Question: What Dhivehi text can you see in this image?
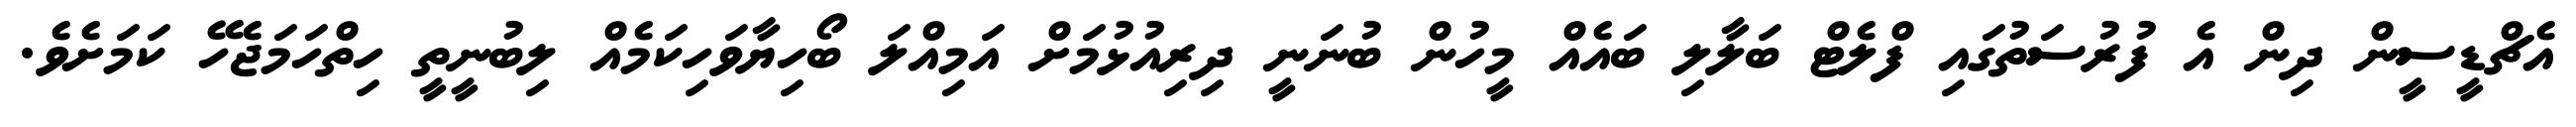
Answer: އެޗްޑީސީން ދިން އެ ފުރުސަތުގައި ފްލެޓް ބަލާލި ބައެއް މީހުން ބުނަނީ ދިރިއުޅުމަށް އަމިއްލަ ބޯހިޔާވަހިކަމެއް ލިބުނީތީ ހިތްހަމަޖެހޭ ކަމަށެވެ.